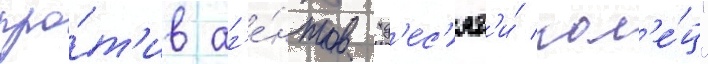
про́т'ив аг'е́нтов "д'ес'ят'и́ кол'е́ц"